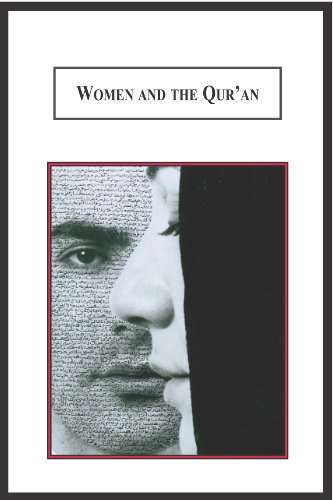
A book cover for Women and the Qur'an: A Study in Islamic Hermeneutics (Women of Allah); Bahar Davary; Religion & Spirituality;